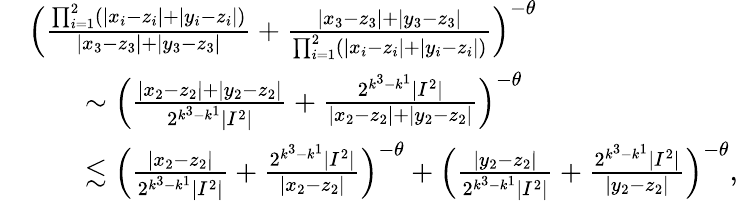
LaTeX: \begin{array}{rl}&{\Big(\frac{\prod_{i=1}^{2}(|x_{i}-z_{i}|+|y_{i}-z_{i}|)}{|x_{3}-z_{3}|+|y_{3}-z_{3}|}+\frac{|x_{3}-z_{3}|+|y_{3}-z_{3}|}{\prod_{i=1}^{2}(|x_{i}-z_{i}|+|y_{i}-z_{i}|)}\Big)^{-\theta}}\\ &{\qquad\sim\Big(\frac{|x_{2}-z_{2}|+|y_{2}-z_{2}|}{2^{k^{3}-k^{1}}|I^{2}|}+\frac{2^{k^{3}-k^{1}}|I^{2}|}{|x_{2}-z_{2}|+|y_{2}-z_{2}|}\Big)^{-\theta}}\\ &{\qquad\lesssim\Big(\frac{|x_{2}-z_{2}|}{2^{k^{3}-k^{1}}|I^{2}|}+\frac{2^{k^{3}-k^{1}}|I^{2}|}{|x_{2}-z_{2}|}\Big)^{-\theta}+\Big(\frac{|y_{2}-z_{2}|}{2^{k^{3}-k^{1}}|I^{2}|}+\frac{2^{k^{3}-k^{1}}|I^{2}|}{|y_{2}-z_{2}|}\Big)^{-\theta},}\end{array}